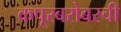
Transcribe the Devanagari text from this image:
कपूरबरोबरची